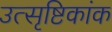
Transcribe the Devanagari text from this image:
उत्सृष्टिकांक